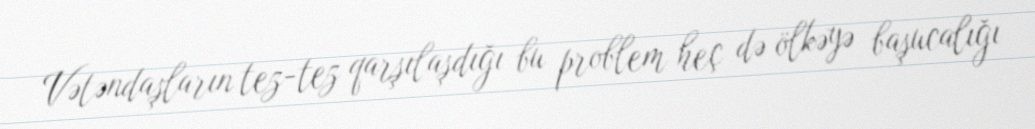
Vətəndaşların tez-tez qarşılaşdığı bu problem heç də ölkəyə başucalığı